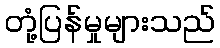
တုံ့ပြန်မှုများသည်